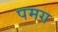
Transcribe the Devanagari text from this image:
पमग